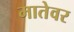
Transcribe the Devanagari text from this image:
मातेवर